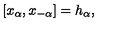
[ x _ { \alpha } , x _ { - \alpha } ] = h _ { \alpha } ,